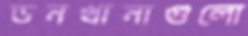
ডনখানাগুলো